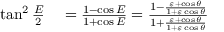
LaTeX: \begin{array} { r l } { \tan ^ { 2 } { \frac { E } { 2 } } } & { { } = { \frac { 1 - \cos E } { 1 + \cos E } } = { \frac { 1 - { \frac { \varepsilon + \cos \theta } { 1 + \varepsilon \cos \theta } } } { 1 + { \frac { \varepsilon + \cos \theta } { 1 + \varepsilon \cos \theta } } } } } \end{array}